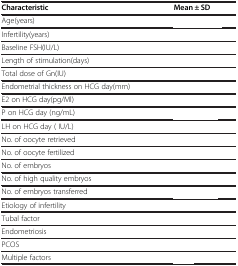
<table><thead><tr><td><b>Characteristic</b></td><td><b>Mean ± SD</b></td></tr></thead><tbody><tr><td>Age(years)</td><td>[EMPTY_CELL]</td></tr><tr><td>Infertility(years)</td><td>[EMPTY_CELL]</td></tr><tr><td>Baseline FSH(IU/L)</td><td>[EMPTY_CELL]</td></tr><tr><td>Length of stimulation(days)</td><td>[EMPTY_CELL]</td></tr><tr><td>Total dose of Gn(IU)</td><td>[EMPTY_CELL]</td></tr><tr><td>Endometrial thickness on HCG day(mm)</td><td>[EMPTY_CELL]</td></tr><tr><td>E2 on HCG day(pg/Ml)</td><td>[EMPTY_CELL]</td></tr><tr><td>P on HCG day (ng/mL)</td><td>[EMPTY_CELL]</td></tr><tr><td>LH on HCG day ( IU/L)</td><td>[EMPTY_CELL]</td></tr><tr><td>No. of oocyte retrieved</td><td>[EMPTY_CELL]</td></tr><tr><td>No. of oocyte fertilized</td><td>[EMPTY_CELL]</td></tr><tr><td>No. of embryos</td><td>[EMPTY_CELL]</td></tr><tr><td>No. of high quality embryos</td><td>[EMPTY_CELL]</td></tr><tr><td>No. of embryos transferred</td><td>[EMPTY_CELL]</td></tr><tr><td>Etiology of infertility</td><td>[EMPTY_CELL]</td></tr><tr><td>Tubal factor</td><td>[EMPTY_CELL]</td></tr><tr><td>Endometriosis</td><td>[EMPTY_CELL]</td></tr><tr><td>PCOS</td><td>[EMPTY_CELL]</td></tr><tr><td>Multiple factors</td><td>[EMPTY_CELL]</td></tr></tbody></table>